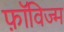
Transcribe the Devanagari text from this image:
फ़ॉविज्म